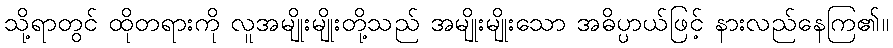
သို့ရာတွင် ထိုတရားကို လူအမျိုးမျိုးတို့သည် အမျိုးမျိုးသော အဓိပ္ပာယ်ဖြင့် နားလည်နေကြ၏။